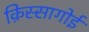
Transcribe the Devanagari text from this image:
क़िस्सागोई